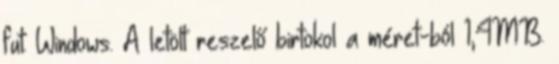
fut: Windows. A letölt reszelő birtokol a méret-ból 1,4MB.